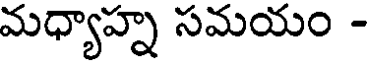
మధ్యాహ్న సమయం -